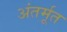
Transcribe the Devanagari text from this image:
अंतर्मूत